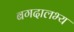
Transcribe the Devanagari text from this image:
बगदालभ्य